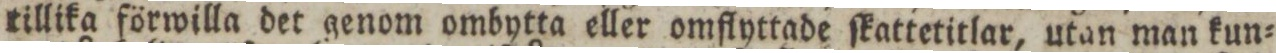
tillika förwilla det genom ombytta eller omflyttade ſkattetitlar, utan man kun=